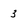
Character: 3